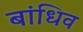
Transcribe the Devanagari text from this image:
बांधिव